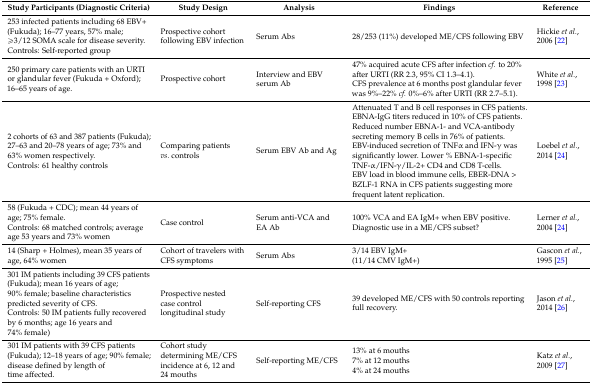
| Study Participants (Diagnostic Criteria) | Study Design | Analysis | Findings | Reference |
 | --- | --- | --- | --- | --- |
 | 253 infected patients including 68 EBV+ (Fukuda); 16–77 years, 57% male; ≥3/12 SOMA scale for disease severity. Controls: Self-reported group | Prospective cohort following EBV infection | Serum Abs | 28/253 (11%) developed ME/CFS following EBV | Hickie et al., 2006 [22] |
 | 250 primary care patients with an URTI or glandular fever (Fukuda + Oxford); 16–65 years of age. | Prospective cohort | Interview and EBV serum Ab | 47% acquired acute CFS after infection cf. to 20% after URTI (RR 2.3, 95% CI 1.3–4.1). CFS prevalence at 6 months post glandular fever was 9%–22% cf. 0%–6% after URTI (RR 2.7–5.1). | White et al., 1998 [23] |
 | 2 cohorts of 63 and 387 patients (Fukuda); 27–63 and 20–78 years of age; 73% and 63% women respectively. Controls: 61 healthy controls | Comparing patients vs. controls | Serum EBV Ab and Ag | Attenuated T and B cell responses in CFS patients. EBNA-IgG titers reduced in 10% of CFS patients. Reduced number EBNA-1- and VCA-antibody secreting memory B cells in 76% of patients. EBV-induced secretion of TNFα and IFN-γ was significantly lower. Lower % EBNA-1-specific TNF-α/IFN-γ/IL-2+ CD4 and CD8 T-cells. EBV load in blood immune cells, EBER-DNA > BZLF-1 RNA in CFS patients suggesting more frequent latent replication. | Loebel et al., 2014 [24] |
 | 58 (Fukuda + CDC); mean 44 years of age; 75% female. Controls: 68 matched controls; average age 53 years and 73% women | Case control | Serum anti-VCA and EA Ab | 100% VCA and EA IgM+ when EBV positive. Diagnostic use in a ME/CFS subset? | Lerner et al., 2004 [24] |
 | 14 (Sharp + Holmes), mean 35 years of age, 64% women | Cohort of travelers with CFS symptoms | Serum Abs | 3/14 EBV IgM+ (11/14 CMV IgM+) | Gascon et al., 1995 [25] |
 | 301 IM patients including 39 CFS patients (Fukuda); mean 16 years of age; 90% female; baseline characteristics predicted severity of CFS. Controls: 50 IM patients fully recovered by 6 months; age 16 years and 74% female) | Prospective nested case control longitudinal study | Self-reporting CFS | 39 developed ME/CFS with 50 controls reporting full recovery. | Jason et al., 2014 [26] |
 | 301 IM patients with 39 CFS patients (Fukuda); 12–18 years of age; 90% female; disease defined by length of time affected. | Cohort study determining ME/CFS incidence at 6, 12 and 24 mouths | Self-reporting ME/CFS | 13% at 6 mouths 7% at 12 mouths 4% at 24 mouths | Katz et al., 2009 [27] |